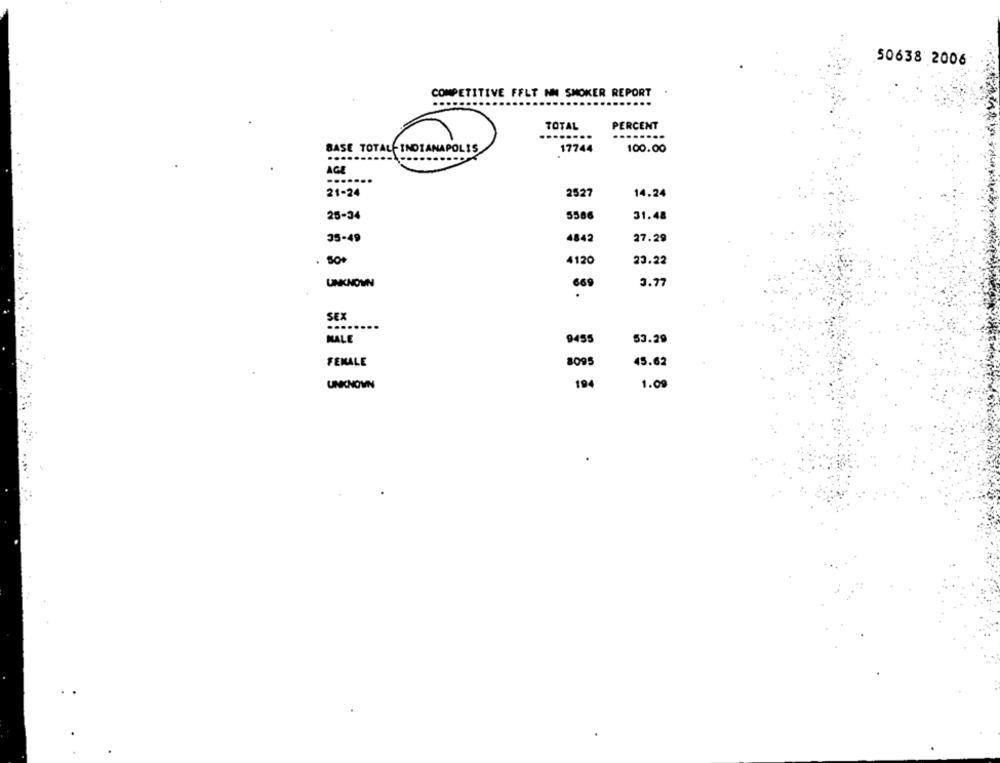
50638 2006
COMPETITIVE FFLT NM SMOKER REPORT
TOTAL
PERCENT
BASE TOTAL- INDIANAPOLIS
17744
100.00
....
AGE
21-24
2527
14.24
25-34
5586
31.48
35-49
4842
27.29
. SO+
4120
23.22
UNKNOWN
3.77
669
.
SEX
MALE
9495
53.29
FEMALE
8095
45.62
UNKNOWN
194
1.09